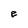
Character: e